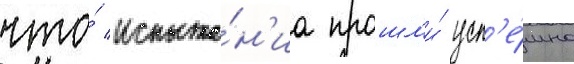
что́ испыта́н'иа прошл'и́ усп'е́шно